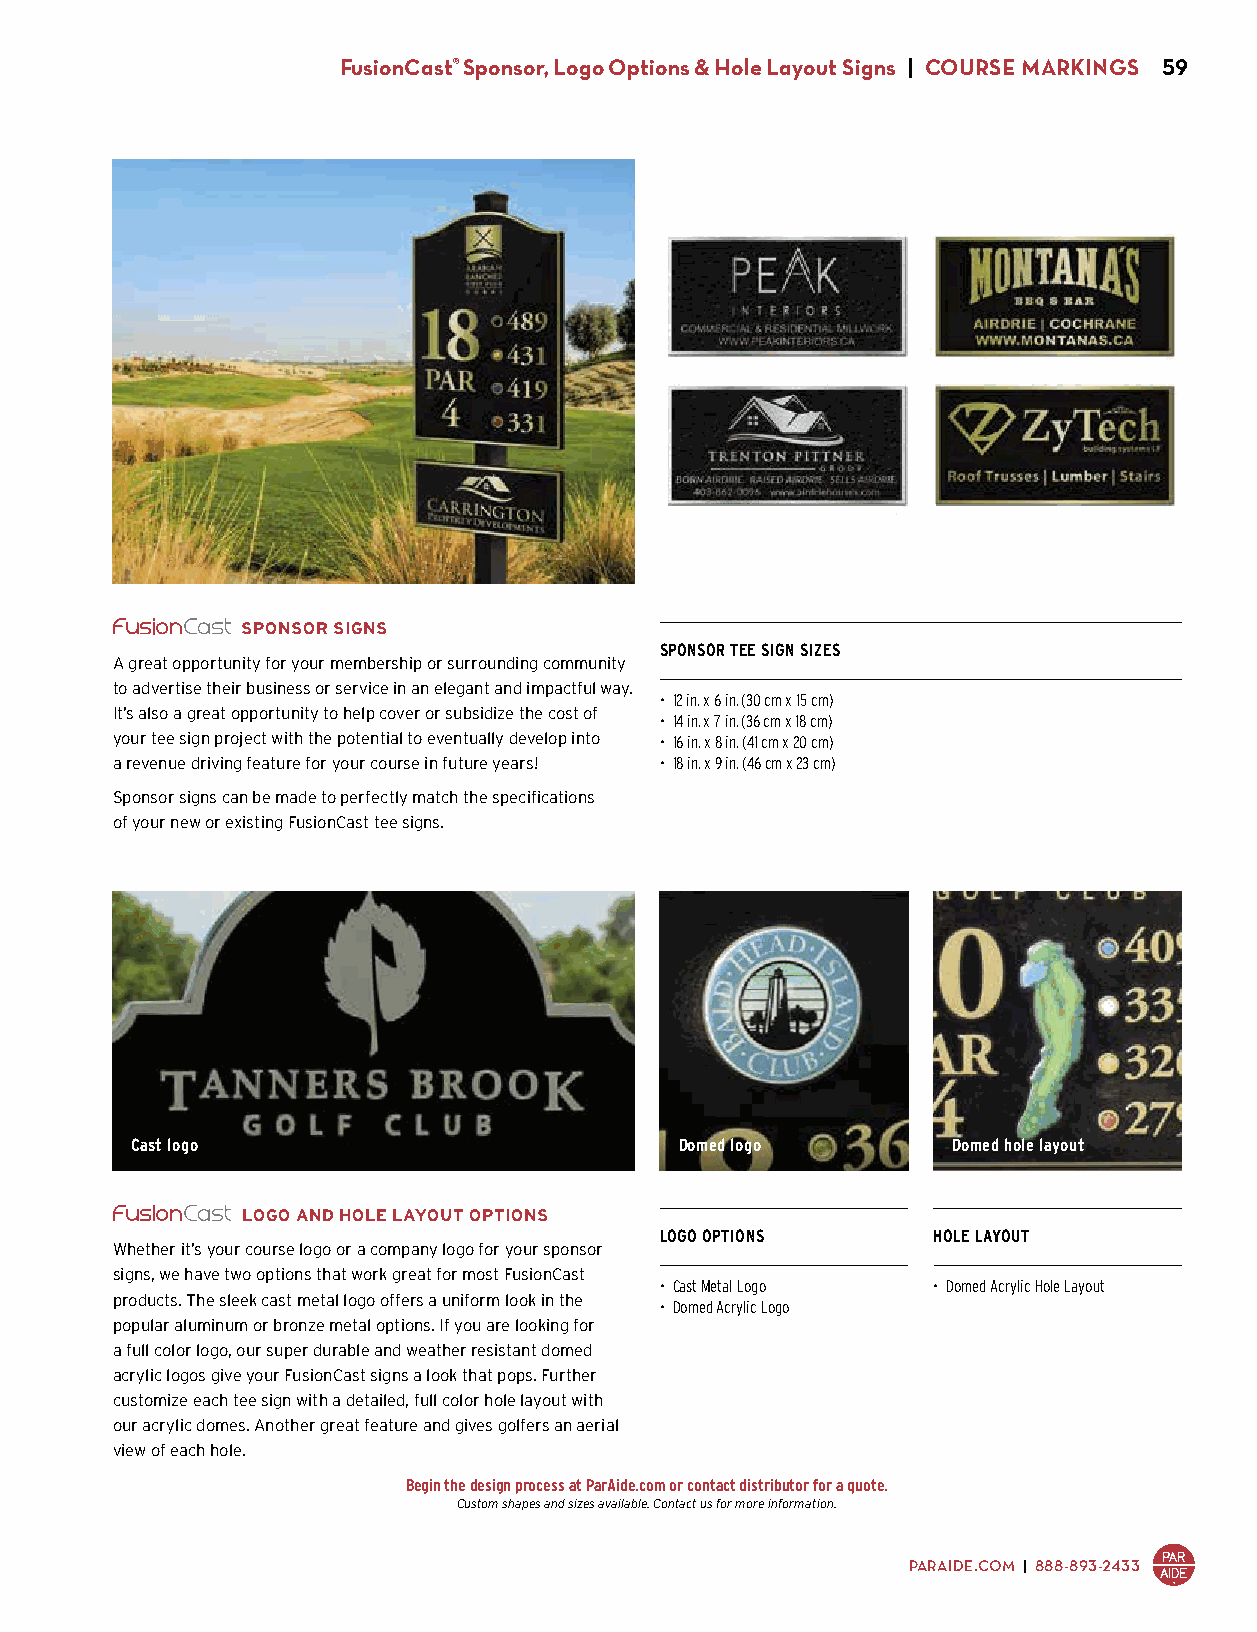
FusionCast® Sponsor, Logo Options & Hole Layout Signs | COURSE MARKINGS 59
 SPONSOR SIGNS
 SPONSOR TEE SIGN SIZES
 A great opportunity for your membership or surrounding community
 to advertise their business or service in an elegant and impactful way.
 • 12 in. x 6 in. (30 cm x 15 cm)
 It’s also a great opportunity to help cover or subsidize the cost of
 • 14 in. x 7 in. (36 cm x 18 cm)
 your tee sign project with the potential to eventually develop into • 16 in. x 8 in. (41 cm x 20 cm)
 a revenue driving feature for your course in future years! • 18 in. x 9 in. (46 cm x 23 cm)
 Sponsor signs can be made to perfectly match the specifications
 of your new or existing FusionCast tee signs.
 Cast logo                           Domed logo        Domed hole layout
 LOGO AND HOLE LAYOUT OPTIONS
 LOGO OPTIONS      HOLE LAYOUT
 Whether it’s your course logo or a company logo for your sponsor
 signs, we have two options that work great for most FusionCast
 • Cast Metal Logo • Domed Acrylic Hole Layout
 products. The sleek cast metal logo offers a uniform look in the
 • Domed Acrylic Logo
 popular aluminum or bronze metal options. If you are looking for
 a full color logo, our super durable and weather resistant domed
 acrylic logos give your FusionCast signs a look that pops. Further
 customize each tee sign with a detailed, full color hole layout with
 our acrylic domes. Another great feature and gives golfers an aerial
 view of each hole.
 Begin the design process at ParAide.com or contact distributor for a quote.
 Custom shapes and sizes available. Contact us for more information.
 PARAIDE.COM | 888-893-2433